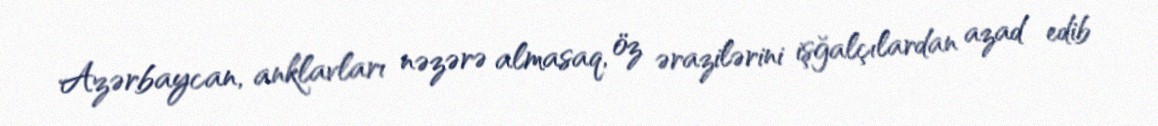
Azərbaycan, anklavları nəzərə almasaq, öz ərazilərini işğalçılardan azad edib